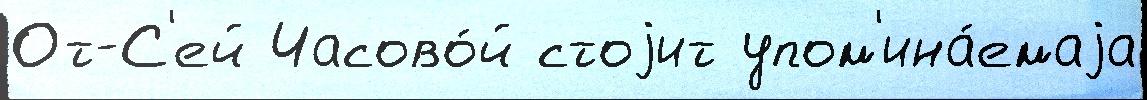
От-С'ей Часово́й стоjит упом'ина́емаjа